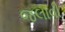
જલાવી